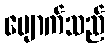
ပျောက်သည်